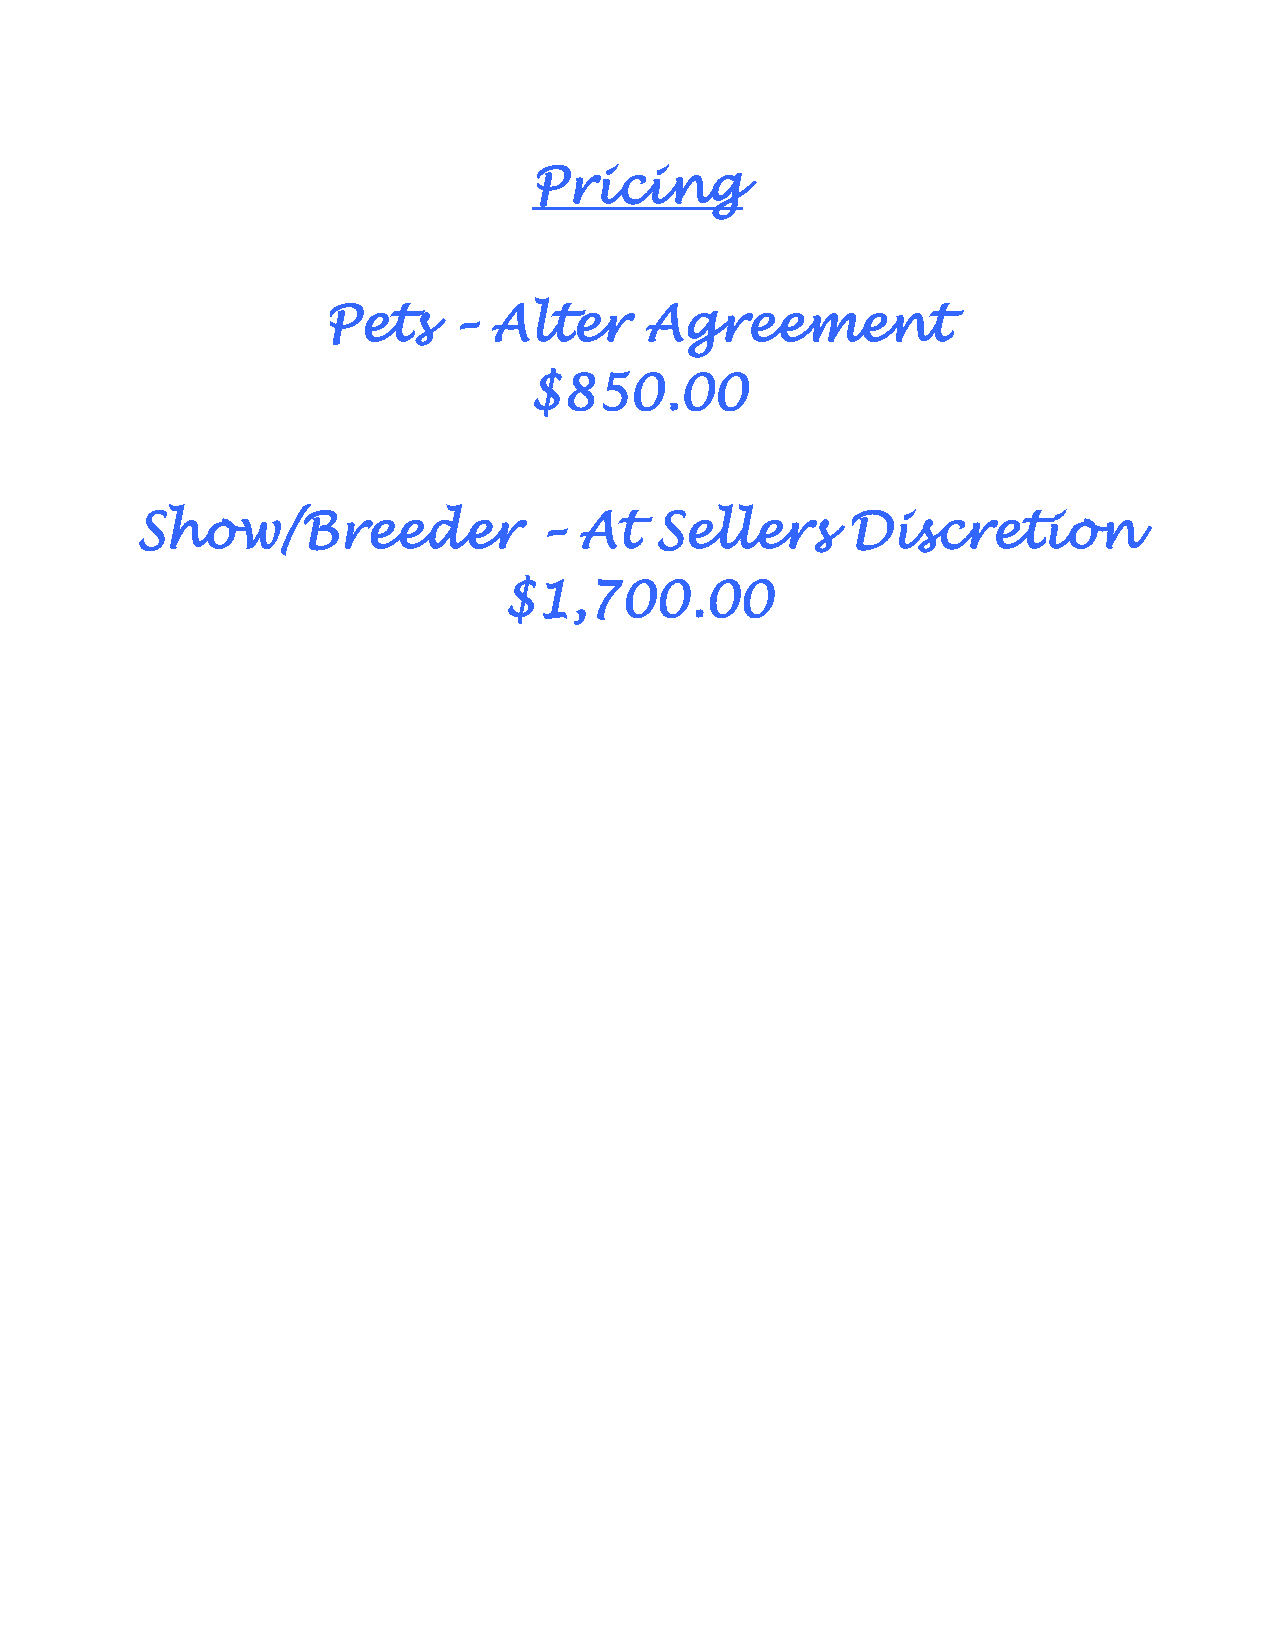
Pricing
 Pets    –  Alter     Agreement
 $850.00
 Show/Breeder               – At   Sellers      Discretion
 $1,700.00